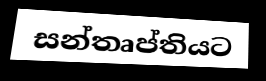
සන්තෘප්තියට